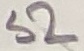
Text: S2